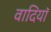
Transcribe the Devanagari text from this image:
वादियॉ